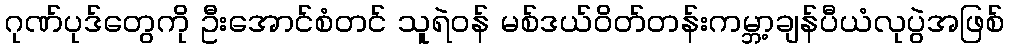
ဂုဏ်ပုဒ်တွေကို ဦးအောင်စံတင် သူရဲဝန် မစ်ဒယ်ဝိတ်တန်းကမ္ဘာ့ချန်ပီယံလုပွဲအဖြစ်